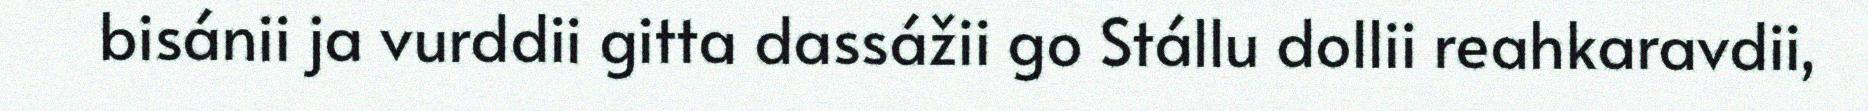
bisánii ja vurddii gitta dassážii go Stállu dollii reahkaravdii,